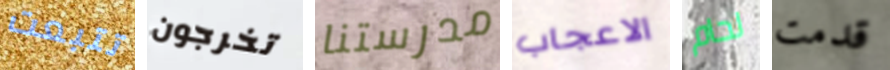
تتبعت تخرجون مدرستنا الاعجاب لحام قدمت